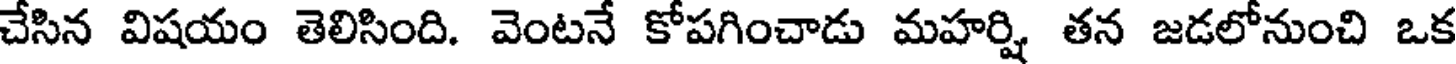
చేసిన విషయం తెలిసింది. వెంటనే కోపగించాడు మహర్షి తన జడలోనుంచి ఒక